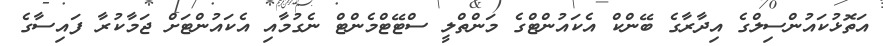
އަތޮޅުކައުންސިލްގެ އިދާރާގެ ބޭންކް އެކައުންޓްގެ މަންތްލީ ސްޓޭޓްމެންޓް ނެގުމާއި އެކައުންޓަށް ޖަމާކުރާ ފައިސާގެ